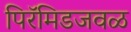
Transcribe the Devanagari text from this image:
पिरॅमिडजवळ